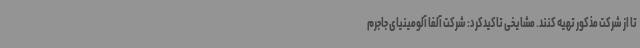
تا از شرکت مذکور تهیه کنند. مشایخی تاکیدکرد: شرکت آلفا آلومینیای جاجرم